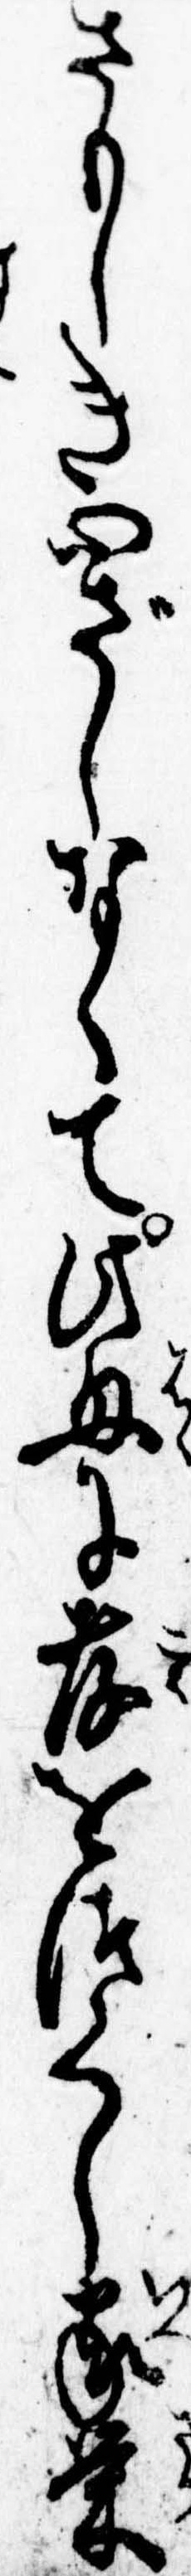
さもしき心ざしなくて此母に孝をつくし家栄